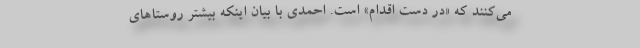
می‌کنند که «در دست اقدام» است. احمدی با بیان اینکه بیشتر روستاهای